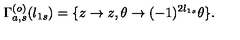
\Gamma _ { a , s } ^ { ( o ) } ( l _ { 1 s } ) = \{ z \rightarrow z , \theta \rightarrow ( - 1 ) ^ { 2 l _ { 1 s } } \theta \} .